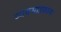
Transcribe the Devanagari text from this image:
व्यवसाइकाना